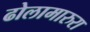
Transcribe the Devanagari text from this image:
ढोलामारुरा